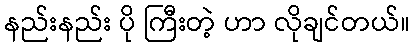
နည်းနည်း ပို ကြီးတဲ့ ဟာ လိုချင်တယ်။